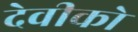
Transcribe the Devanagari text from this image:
देवीको